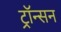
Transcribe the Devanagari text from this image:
ट्रॉन्सन